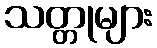
သတ္တုများ